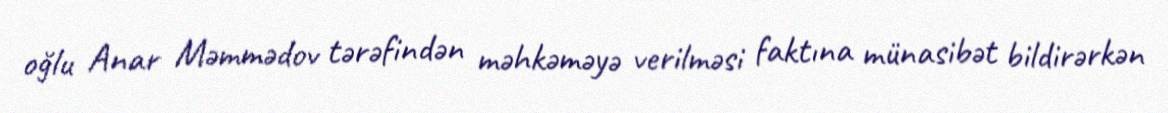
oğlu Anar Məmmədov tərəfindən məhkəməyə verilməsi faktına münasibət bildirərkən